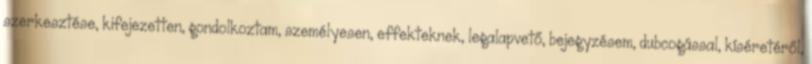
szerkesztése, kifejezetten, gondolkoztam, személyesen, effekteknek, legalapvető, bejegyzésem, dubcogással, kíséretéről,